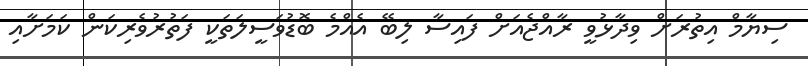
ސިޔާމް އިތުރަށް ވިދާޅުވީ ރާއްޖެއަށް ފައިސާ ލިބޭ އެއްމެ ބޮޑުވަސީލަތަކީ ފަތުރުވެރިކަން ކަަމަށާއި